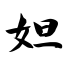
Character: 妲